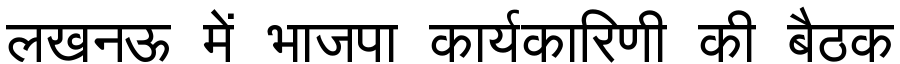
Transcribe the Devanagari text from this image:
लखनऊ में भाजपा कार्यकारिणी की बैठक